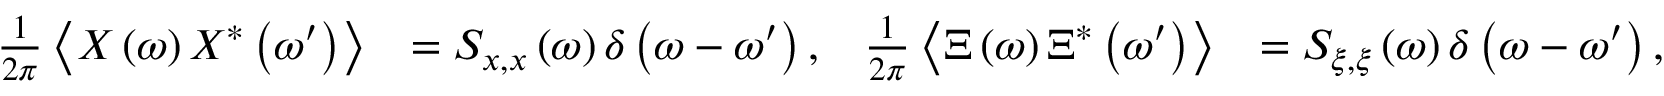
\begin{array} { r l r l } { \frac { 1 } { 2 \pi } \left\langle X \left( \omega \right) X ^ { * } \left( \omega ^ { \prime } \right) \right\rangle } & { = S _ { x , x } \left( \omega \right) \delta \left( \omega - \omega ^ { \prime } \right) , } & { \frac { 1 } { 2 \pi } \left\langle \Xi \left( \omega \right) \Xi ^ { * } \left( \omega ^ { \prime } \right) \right\rangle } & { = S _ { \xi , \xi } \left( \omega \right) \delta \left( \omega - \omega ^ { \prime } \right) , } \end{array}